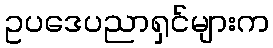
ဥပဒေပညာရှင်များက